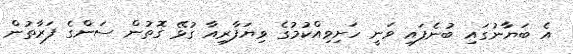
އެ ބަޔާނުގައި ބުނެފައި ވަނީ ހަށިވިއްކުމުގެ ވިޔަފާރިއާ ގުޅޭ ގޮތުން ސަންގެ ފަރާތުން